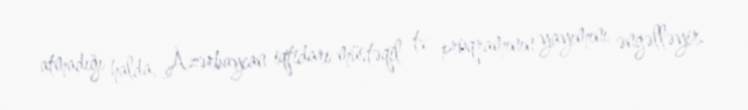
atmadığı halda, Azərbaycan iqtidarı müstəqil tv proqramının yayımını əngəlləyir.